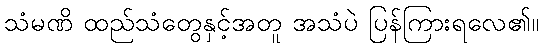
သံမဏိ ထည်သံတွေနှင့်အတူ အသံပဲ ပြန်ကြားရလေ၏။